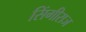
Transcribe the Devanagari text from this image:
सिंगीराज